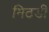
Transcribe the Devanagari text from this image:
मिठडी